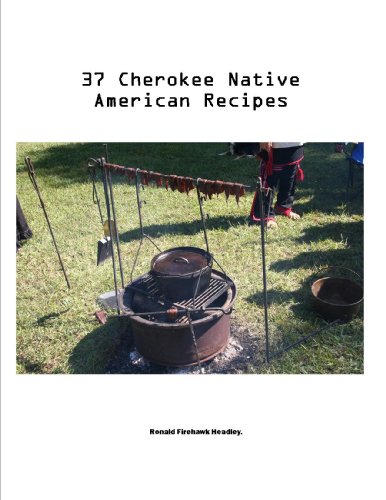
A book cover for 37 CHEROKEE Native American Indian Recipes; Ronald Firehawk Headley; Cookbooks, Food & Wine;